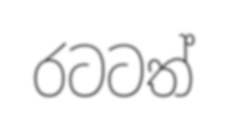
රටටත්